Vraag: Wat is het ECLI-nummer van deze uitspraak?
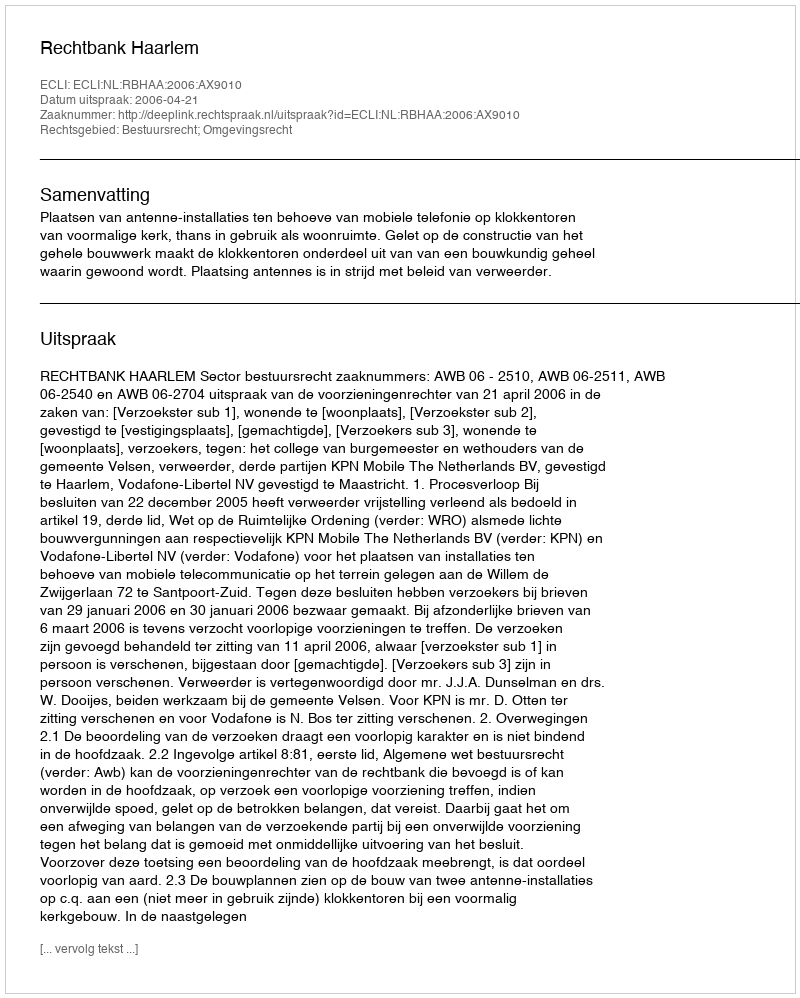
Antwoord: ECLI:NL:RBHAA:2006:AX9010